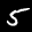
Label: 5